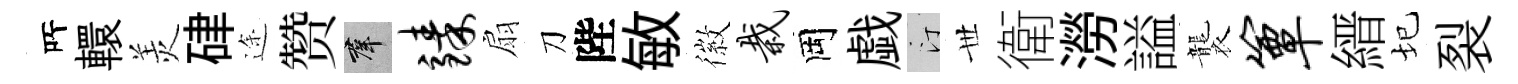
𠩄轘羙硉途赞群臻扇刀陛敏徽栽岡戯汀𠀍衛澇謚襲簟縉圮裂